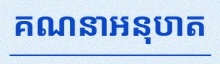
គណនាអនុបាត